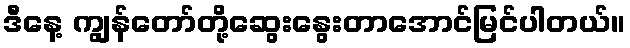
ဒီနေ့ ကျွန်တော်တို့ဆွေးနွေးတာအောင်မြင်ပါတယ်။